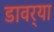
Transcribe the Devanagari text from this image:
डावर्‍या